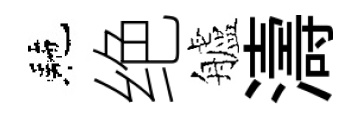
駰绝艫濤